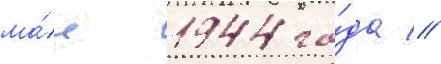
ма́е 1944 го́да //